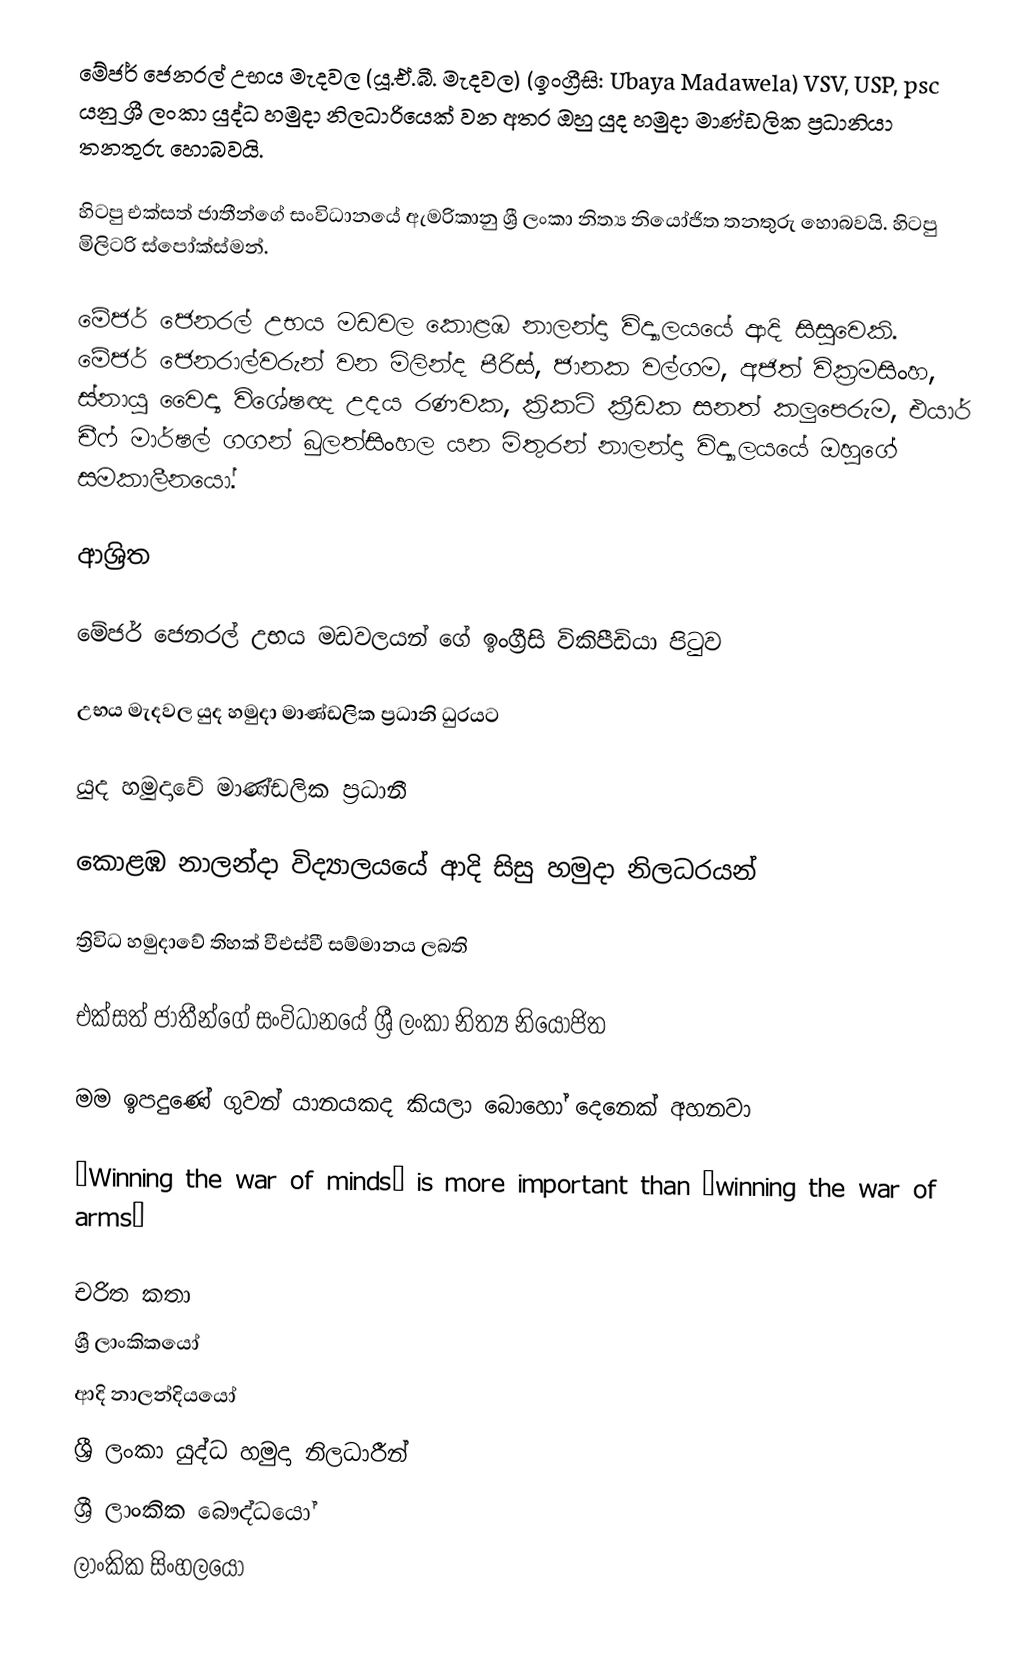
මේජර් ජෙනරල් උභය මැදවල (යූ.ඒ.බී. මැදවල)  (ඉංග්‍රීසි: Ubaya Madawela) VSV, USP, psc යනු  ශ්‍රී ලංකා යුද්ධ හමුදා නිලධාරියෙක් වන අතර ඔහු යුද හමුදා මාණ්ඩලික ප්‍රධානියා තනතුරු හොබවයි.

හිටපු එක්සත් ජාතීන්ගේ සංවිධානයේ ඇමරිකානු ශ්‍රී ලංකා නිත්‍ය නියෝජිත  තනතුරු හොබවයි. හිටපු මිලිටරි ස්පෝක්ස්මන්.

මේජර් ජෙනරල් උභය මඩවල  කොළඹ නාලන්දා විද්‍යාලයයේ ආදි සිසුවෙකි. මේජර් ජෙනරාල්වරුන් වන මිලින්ද පීරිස්, ජානක වල්ගම, අජිත් වික්‍රමසිංහ, ස්නායු වෛද්‍ය විශේෂඥ උදය රණවක, ක්‍රිකට් ක්‍රීඩක සනත් කලුපෙරුම, එයාර් චීෆ් මාර්ෂල් ගගන් බුලත්සිංහල යන මිතුරන්  නාලන්දා විද්‍යාලයයේ ඔහුගේ සමකාලීනයෝ.

ආශ්‍රිත

  මේජර් ජෙනරල් උභය මඩවලයන් ගේ ඉංග්‍රීසි විකිපීඩියා පිටුව

උභය මැදවල යුද හමුදා මාණ්ඩලික ප්‍රධානි ධුරයට

 යුද හමුදාවේ මාණ්ඩලික ප්‍රධානී

 කොළඹ නාලන්දා විද්‍යාලයයේ ආදි සිසු හමුදා නිලධරයන්

 ත්‍රිවිධ හමුදාවේ තිහක් වීඑස්වී සම්මානය ලබති

 එක්සත් ජාතීන්ගේ සංවිධානයේ ශ්‍රී ලංකා නිත්‍ය නියෝජිත

 මම ඉපදුණේ ගුවන් යානයකද කියලා බොහෝ දෙනෙක් අහනවා

 ‘Winning the war of minds’ is more important than ‘winning the war of arms’

චරිත කතා
ශ්‍රී ලාංකිකයෝ
ආදි නාලන්දියයෝ
ශ්‍රී ලංකා යුද්ධ හමුදා නිලධාරීන්
ශ්‍රී ලාංකික බෞද්ධයෝ
ලාංකික සිංහලයෝ